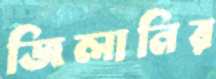
জিলানির